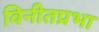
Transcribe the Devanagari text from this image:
विनीतप्रभा